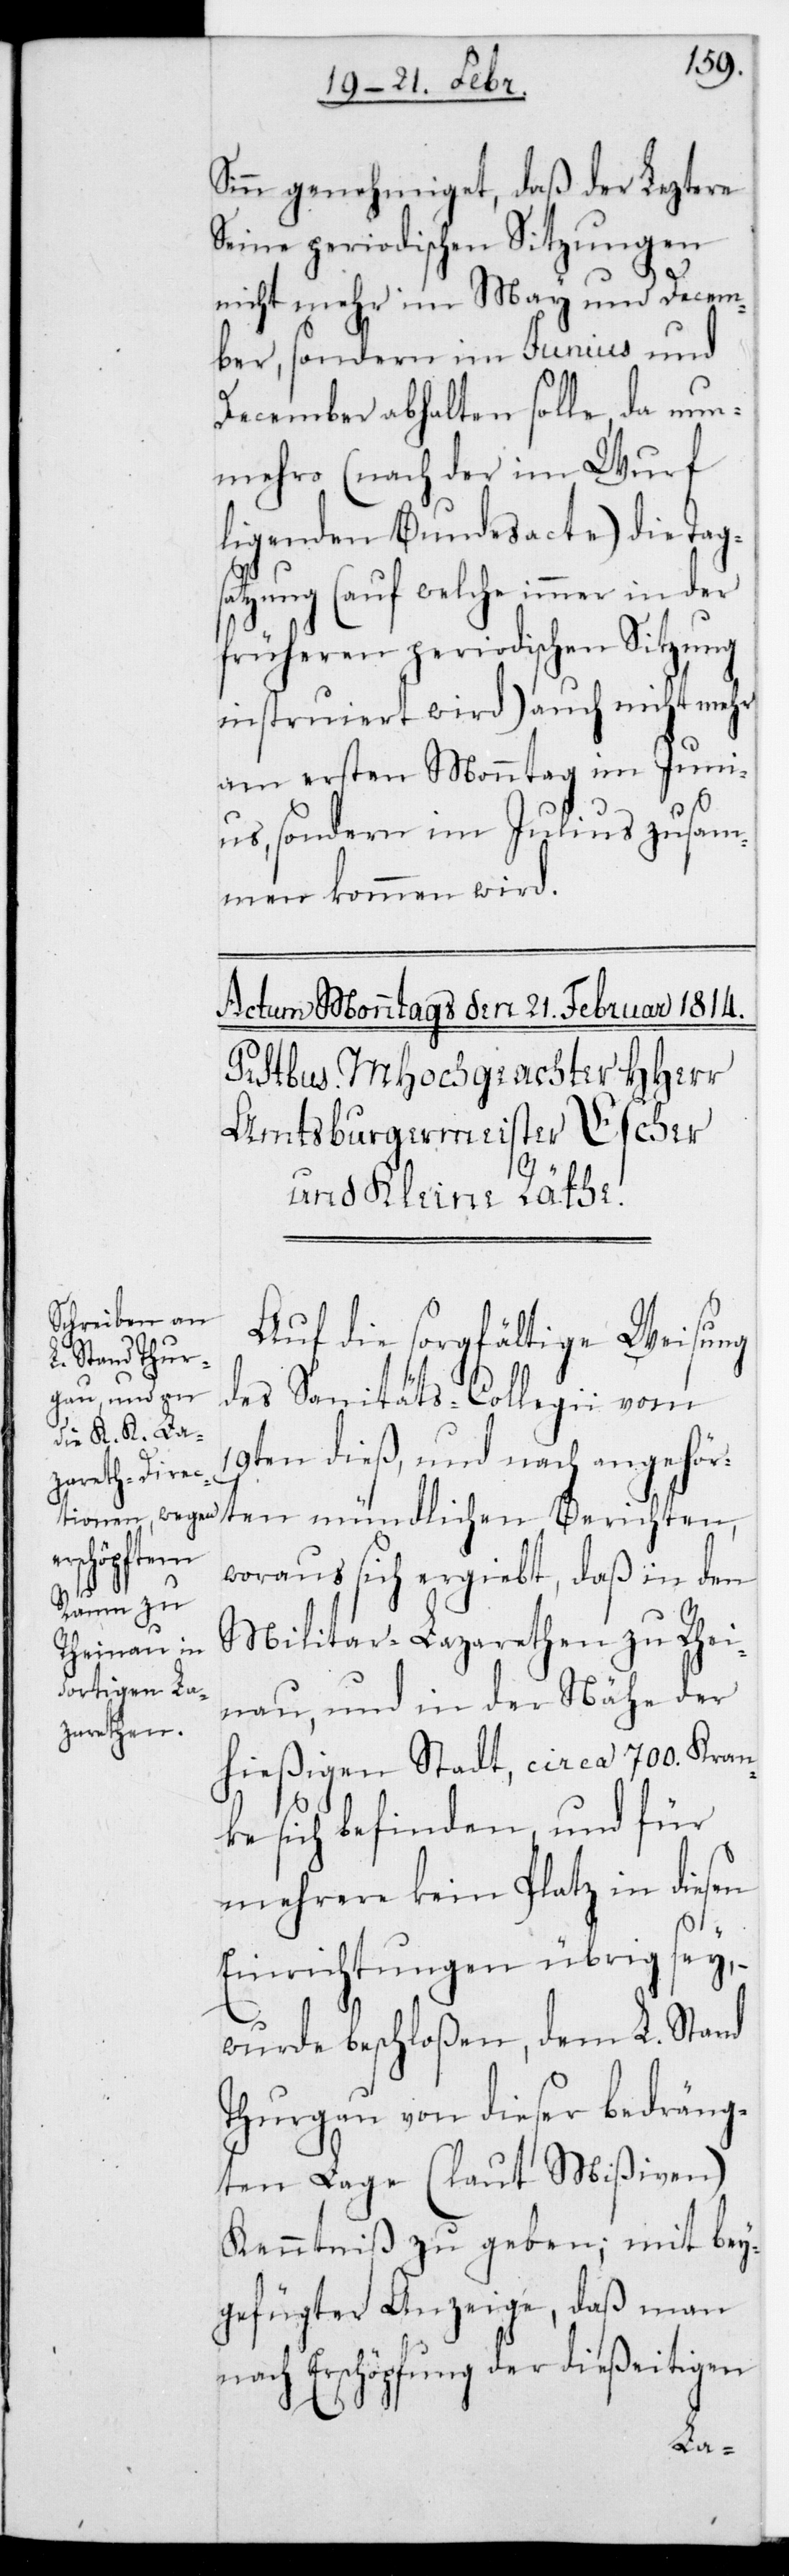
Sinn genehmiget, daß der leztere
seine periodischen Sitzungen
nicht mehr im May und Decem¬
ber, sondern im Junius und
December abhalten solle, da nun¬
mehro (nach der im Wurf
ligenden Bundesacte) die Tag¬
satzung (auf welche immer in der
früheren periodischen Sitzung
instruiert wird) auch nicht mehr
am ersten Montag im Juni¬
us, sondern im Julius zusam¬
men kommen wird.
Auf die sorgfältige Weisung
des Sanitäts-Collegii vom
19ten dieß, und nach angehör¬
ten mündlichen Berichten,
woraus sich ergiebt, daß in den
Militar-Lazarethen zu Rhei¬
nau, und in der Nähe der
hießigen Stadt, circa 700. Kran¬
ke sich befinden, und für
mehrere kein Platz in diesen
Einrichtungen übrig sey,
wurde beschloßen, dem L. Stand
Thurgau von dieser bedräng¬
ten Lage (laut Mißiven)
Kenntniß zu geben; mit bey¬
gefügter Anzeige, daß man
nach Erschöpfung der dießeitigen